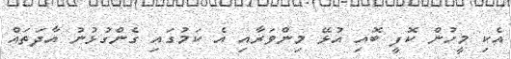
އެކި މީހުން ކޮފީ ބޮއި އުޅޭ މިންވަރާއި އެ ކަމުގައި ގެންގުޅުނު އާދަތައް